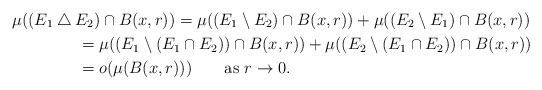
\begin{align*}&\mu((E_1 \bigtriangleup E_2)\cap B(x,r))=\mu((E_1\setminus E_2)\cap B(x,r))+\mu((E_2\setminus E_1)\cap B(x,r))\\ &\qquad\qquad=\mu((E_1\setminus (E_1\cap E_2))\cap B(x,r))+\mu((E_2\setminus (E_1\cap E_2))\cap B(x,r))\\ &\qquad\qquad=o(\mu(B(x,r)))\qquad\textrm{as }r\to 0.\end{align*}